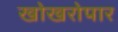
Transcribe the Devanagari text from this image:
खोखरोपार